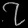
Digit: ၇